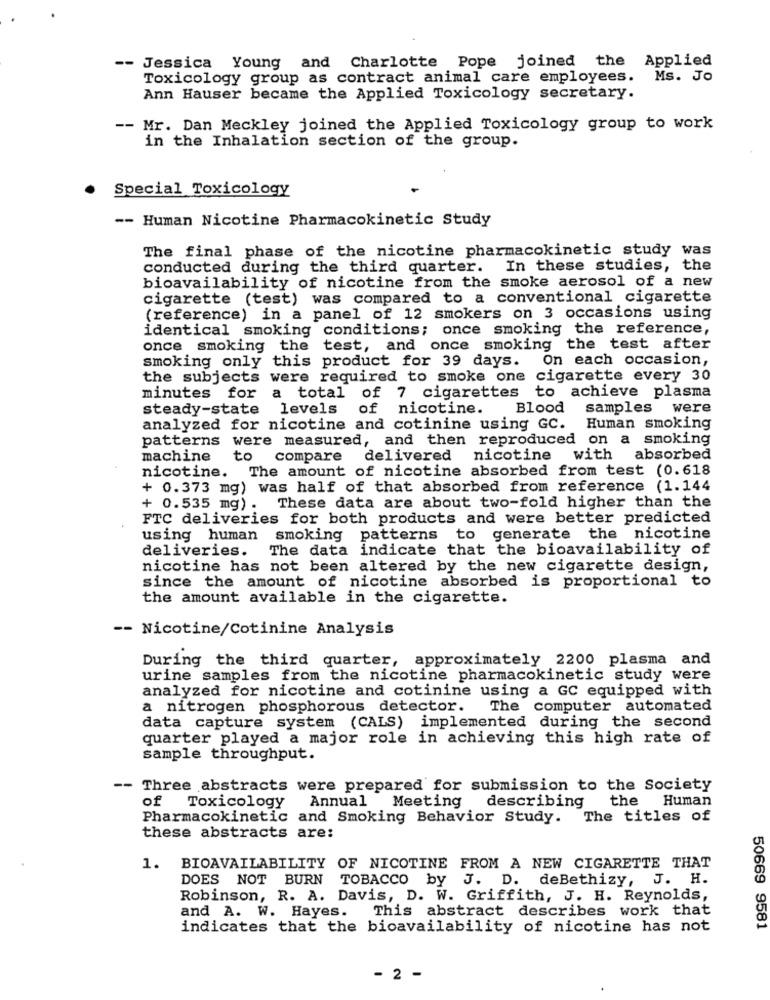
-- Jessica Young and Charlotte Pope joined the Applied
Toxicology group as contract animal care employees. Ms. Jo
Ann Hauser became the Applied Toxicology secretary.
-- Mr. Dan Meckley joined the Applied Toxicology group to work
in the Inhalation section of the group.
Special Toxicology
-- Human Nicotine Pharmacokinetic Study
The final phase of the nicotine pharmacokinetic study was
conducted during the third quarter.
In these studies, the
bioavailability of nicotine from the smoke aerosol of a new
cigarette (test) was compared to a conventional cigarette
(reference) in a panel of 12 smokers on 3 occasions using
identical smoking conditions; once smoking the reference,
once smoking the test, and once smoking the test after
smoking only this product for 39 days. On each occasion,
the subjects were required to smoke one cigarette every 30
minutes for a total of 7 cigarettes to achieve plasma
steady-state levels
of nicotine.
Blood
samples were
analyzed for nicotine and cotinine using GC. Human smoking
patterns were measured, and then reproduced on a smoking
machine
to
compare
delivered nicotine with
absorbed
nicotine. The amount of nicotine absorbed from test (0.618
+ 0.373 mg) was half of that absorbed from reference (1.144
+ 0.535 mg) .
These data are about two-fold higher than the
FTC deliveries for both products and were better predicted
using human
smoking patterns to generate the nicotine
deliveries.
The data indicate that the bioavailability of
nicotine has not been altered by the new cigarette design,
since the amount of nicotine absorbed is proportional to
the amount available in the cigarette.
-- Nicotine/Cotinine Analysis
During the third quarter, approximately 2200 plasma and
urine samples from the nicotine pharmacokinetic study were
analyzed for nicotine and cotinine using a GC equipped with
a nitrogen phosphorous detector. The computer automated
data capture system (CALS) implemented during the second
quarter played a major role in achieving this high rate of
sample throughput.
-- Three abstracts were prepared for submission to the Society
of
Meeting
describing
the Human
Toxicology
Annual
Pharmacokinetic and Smoking Behavior Study.
The titles of
these abstracts are:
1. BIOAVAILABILITY OF NICOTINE FROM A NEW CIGARETTE THAT
DOES NOT BURN TOBACCO by J. D. deBethizy, J. H.
Robinson, R. A. Davis, D. W. Griffith, J. H. Reynolds,
and A. W. Hayes.
This abstract describes work that
indicates that the bioavailability of nicotine has not
50669 9581
- 2 -